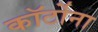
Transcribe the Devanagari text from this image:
कॉर्टोना